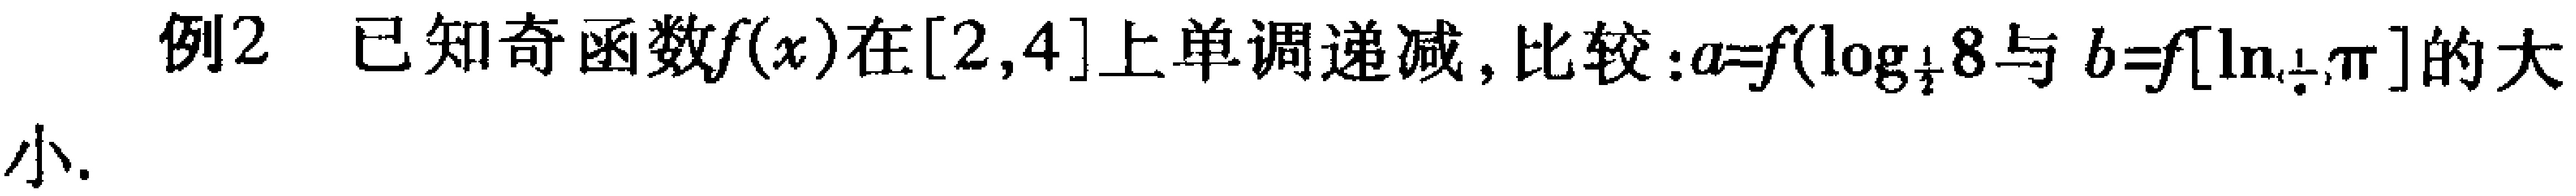
例2 已知奇函数\(f(x)\)在\([2,4]\)上单调递减，比较：\(a = f(\log_{\frac{1}{2}}8)\)与\(b = f[\ln_{\frac{1}{2}}\pi]\)的大小.